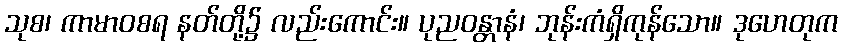
သုစ၊ ကာမာဝစရ နတ်တို့၌ လည်းကောင်း။ ပုညဝန္တာနံ၊ ဘုန်းကံရှိကုန်သော။ ဒုဟေတုက